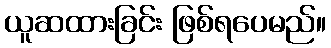
ယူဆထားခြင်း ဖြစ်ရပေမည်။